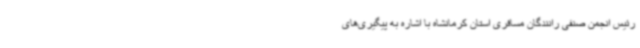
رئیس انجمن صنفی رانندگان مسافری استان کرمانشاه با اشاره به پیگیری‌های